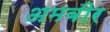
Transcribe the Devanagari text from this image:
अमबीर